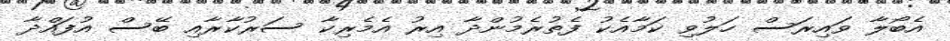
އެބޯލާ ވައިރަސް ހަލުވި ކަމާއެކު ފެތުރެމުންދާ އިރު އެމެރިކާ ސަރުކާރާއި ބޭސް އުފައްދާ